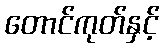
တောင်ကုတ်နှင့်